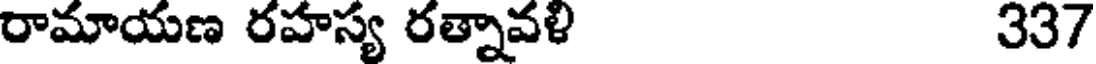
రామాయణ రహస్య రత్నావళి 337